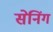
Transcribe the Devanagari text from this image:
सेनिंग